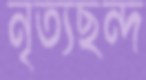
নৃত্যছন্দ